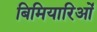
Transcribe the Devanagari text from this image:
बिमियारिओं